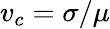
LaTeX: v_{c}=\sigma/\mu